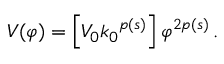
V ( \varphi ) = \left[ V _ { 0 } { k _ { 0 } } ^ { p ( s ) } \right] { \varphi } ^ { 2 p ( s ) } \, .